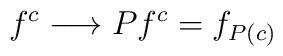
f^{c} \longrightarrow P f^{c}=f_{P(c)}